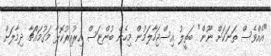
"އެއްވެސް ތަނަކަށް ނޫން" ބަތީލު އިސްޖަހާލަމުން މިހެން ބުންޏަސް އިރުއިރުކޮޅާ މަގުމައްޗާ ދިމާލަށް